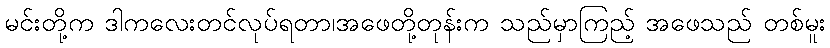
မင်းတို့က ဒါကလေးတင်လုပ်ရတာ၊အဖေတို့တုန်းက သည်မှာကြည့် အဖေသည် တစ်မူး